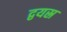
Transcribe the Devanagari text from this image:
द्वयस्र